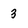
Character: 3